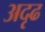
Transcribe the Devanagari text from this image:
अदृढ